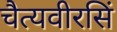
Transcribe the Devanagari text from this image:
चैत्यवीरसिं